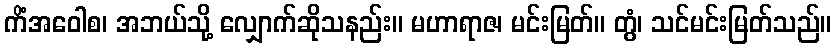
ကိံအဝေါစ၊ အဘယ်သို့ လျှောက်ဆိုသနည်း။ မဟာရာဇ၊ မင်းမြတ်။ တွံ၊ သင်မင်းမြတ်သည်။